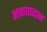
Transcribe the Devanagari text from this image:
भक्तापदान